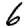
Digit: 6